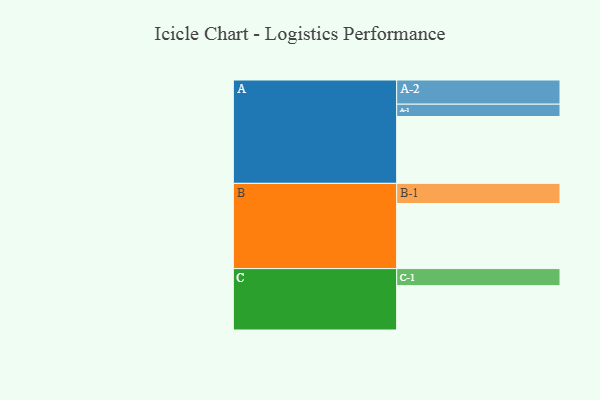
{"axis": {"x": "Segment", "y": "Value"}, "legend": ["", "A", "B", "C"], "data": [{"x": "A", "y": 564, "type": ""}, {"x": "B", "y": 549, "type": ""}, {"x": "C", "y": 374, "type": ""}, {"x": "A-1", "y": 104, "type": "A"}, {"x": "A-2", "y": 204, "type": "A"}, {"x": "B-1", "y": 170, "type": "B"}, {"x": "C-1", "y": 144, "type": "C"}]}